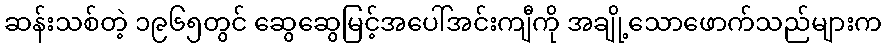
ဆန်းသစ်တဲ့ ၁၉၆၅တွင် ဆွေဆွေမြင့်အပေါ်အင်းကျီကို အချို့သောဖောက်သည်များက